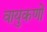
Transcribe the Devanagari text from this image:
वायुकणों